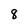
Character: 8